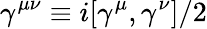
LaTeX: \gamma^{\mu\nu}\equiv i[\gamma^{\mu},\gamma^{\nu}]/2